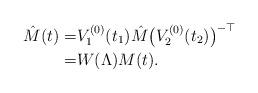
LaTeX: \begin{align*}\hat M(t)=& V_1^{(0)}(t_1)\hat M\big(V_2^{(0)}(t_2)\big)^{-\top}\\=&W(\Lambda)M(t).\end{align*}